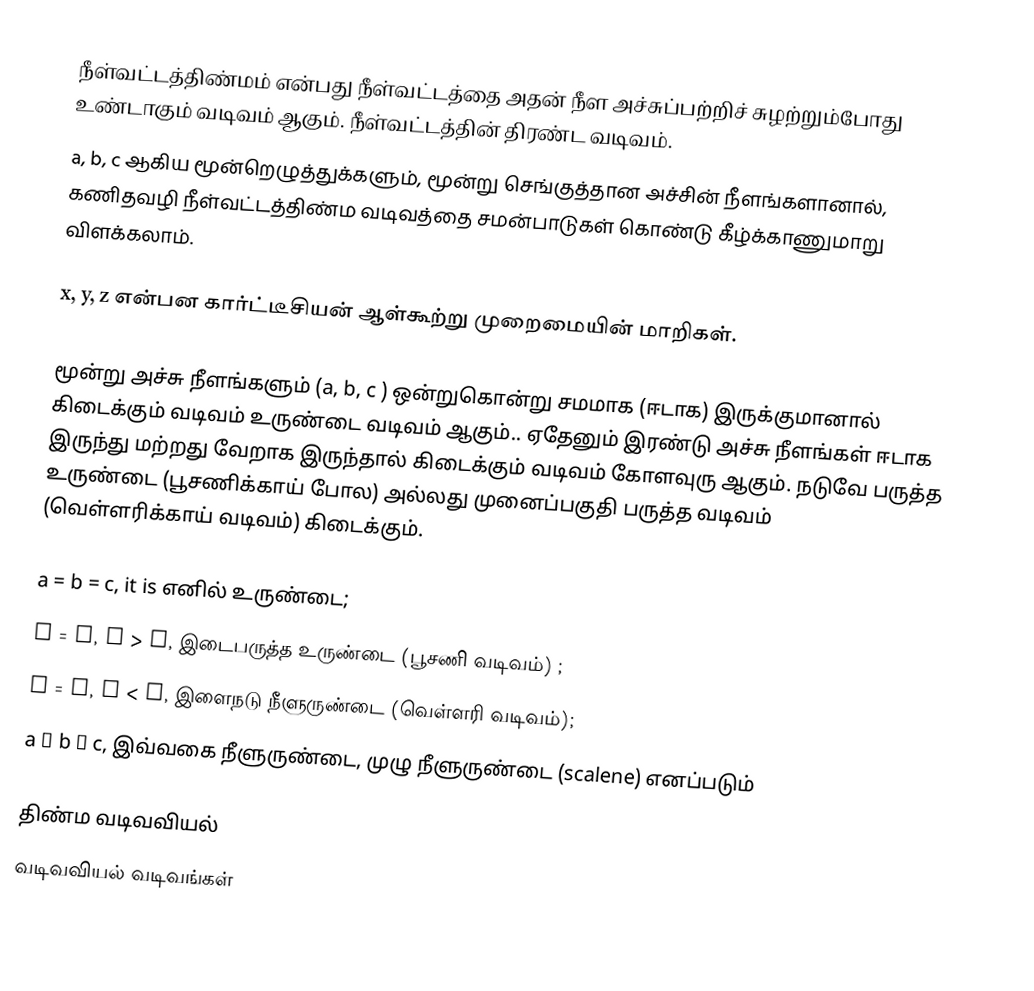
நீள்வட்டத்திண்மம் என்பது நீள்வட்டத்தை அதன் நீள அச்சுப்பற்றிச் சுழற்றும்போது உண்டாகும் வடிவம் ஆகும். நீள்வட்டத்தின் திரண்ட வடிவம்.
a, b, c ஆகிய மூன்றெழுத்துக்களும், மூன்று செங்குத்தான அச்சின் நீளங்களானால், கணிதவழி நீள்வட்டத்திண்ம வடிவத்தை சமன்பாடுகள் கொண்டு கீழ்க்காணுமாறு விளக்கலாம்.

x, y, z என்பன கார்ட்டீசியன் ஆள்கூற்று முறைமையின் மாறிகள்.

மூன்று அச்சு நீளங்களும் (a, b, c ) ஒன்றுகொன்று சமமாக (ஈடாக) இருக்குமானால் கிடைக்கும் வடிவம் உருண்டை வடிவம் ஆகும்.. ஏதேனும் இரண்டு அச்சு நீளங்கள் ஈடாக இருந்து மற்றது வேறாக இருந்தால் கிடைக்கும் வடிவம் கோளவுரு ஆகும். நடுவே பருத்த உருண்டை (பூசணிக்காய் போல) அல்லது முனைப்பகுதி பருத்த வடிவம் (வெள்ளரிக்காய் வடிவம்) கிடைக்கும்.

a = b = c, it is எனில் உருண்டை;
b = c, a > b, இடைபருத்த உருண்டை (பூசணி வடிவம்) ;
b = c, a < b, இளைநடு நீளுருண்டை (வெள்ளரி வடிவம்);
a ≠ b ≠ c, இவ்வகை நீளுருண்டை, முழு நீளுருண்டை (scalene) எனப்படும்

திண்ம வடிவவியல்
வடிவவியல் வடிவங்கள்